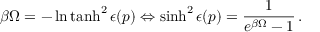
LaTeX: \beta \Omega = - \ln \operatorname { t a n h } ^ { 2 } \epsilon ( p ) \Leftrightarrow \sinh ^ { 2 } \epsilon ( p ) = \frac { 1 } { e ^ { \beta \Omega } - 1 } \, { . }